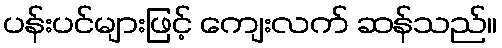
ပန်းပင်များဖြင့် ကျေးလက် ဆန်သည်။